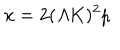
\dot { x } = 2 ( { \mit \Lambda } K ) ^ { 2 } p